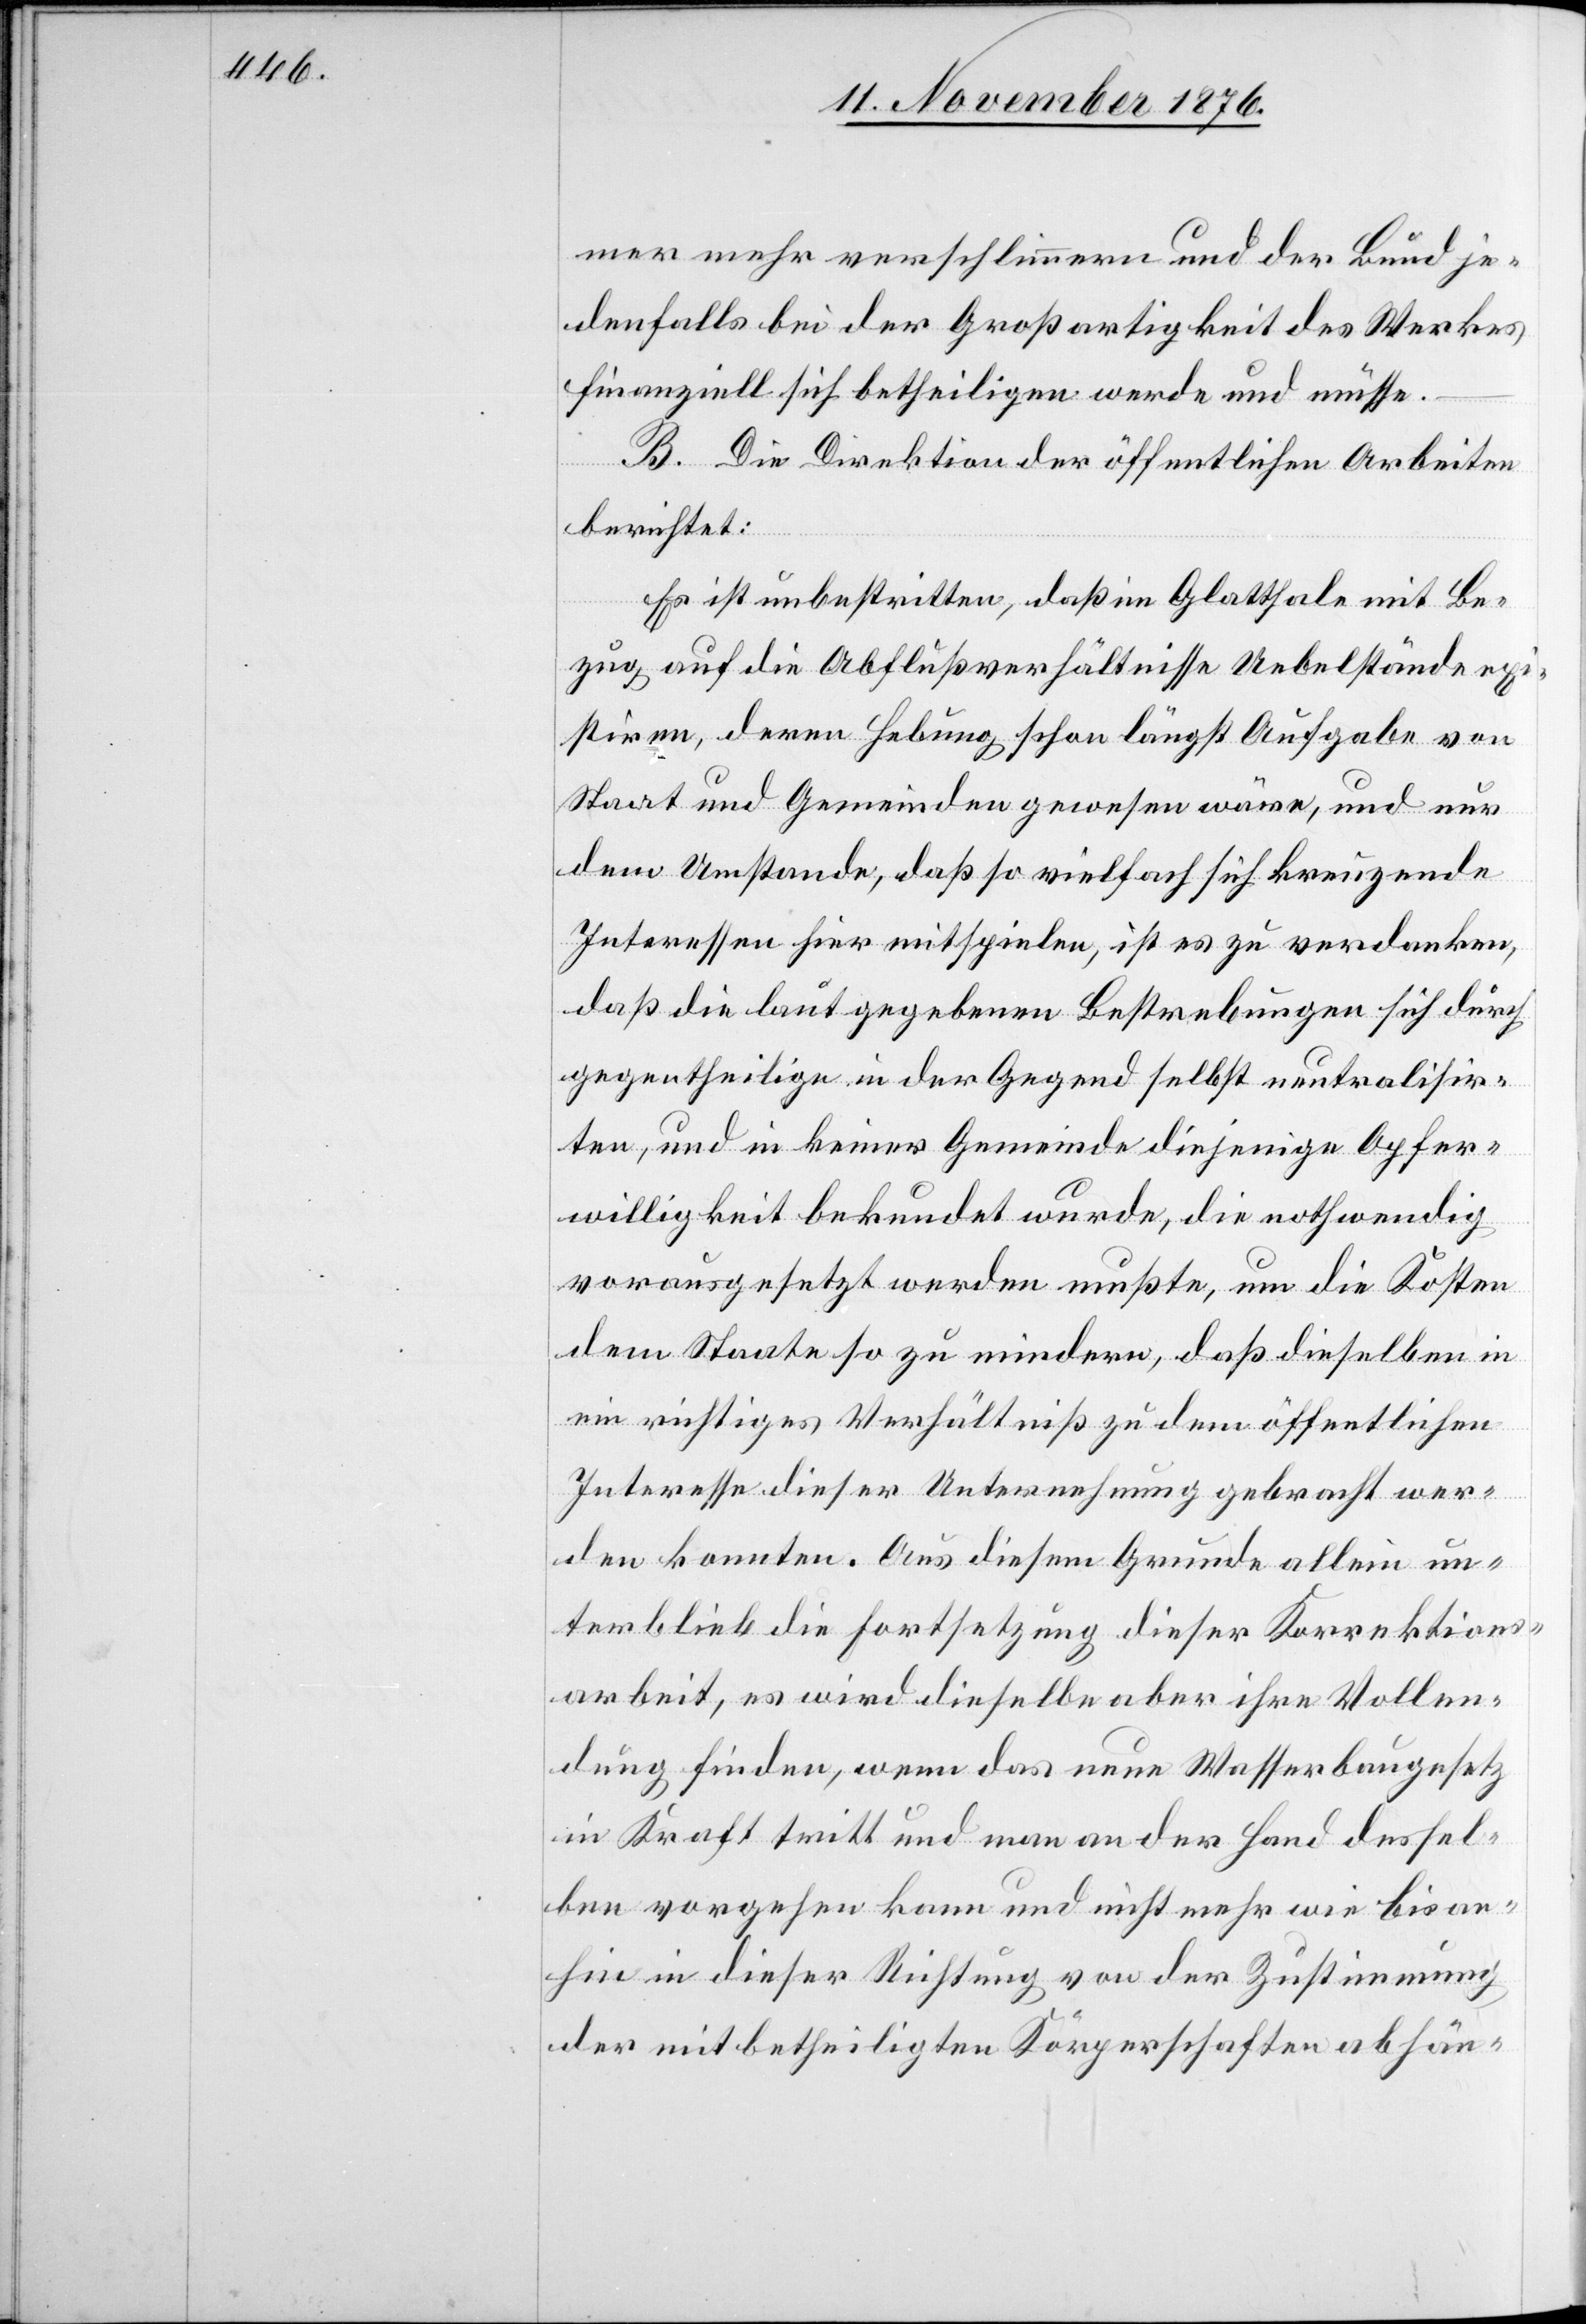
mer mehr verschlimmern und der Bund je¬
denfalls bei der Großartigkeit des Werkes
finanziell sich betheiligen werde und müsse.
B. Die Direktion der öffentlichen Arbeiten
berichtet:
Es ist unbestritten, daß im Glatthale mit Be¬
zug auf die Abflußverhältnisse Uebelstände exi¬
stiren, deren Hebung schon längst Aufgabe von
Staat und Gemeinden gewesen wäre, und nur
dem Umstande, daß so vielfach sich kreuzende
Interessen hier mitspielen, ist es zu verdanken,
daß die lautgegebenen Bestrebungen sich durch
gegentheilige in der Gegend selbst naturalisir¬
ten, und in keiner Gemeinde diejenige Opfer¬
willigkeit bekundet wurde, die nothwendig
vorausgesetzt werden mußte, um die Kosten
dem Staate so zu mindern, daß dieselben in
ein richtiges Verhältniß zu dem öffentlichen
Interesse dieser Unternehmung gebracht wer¬
den konnten. Aus diesem Grunde allein un¬
terblieb die Fortsetzung dieser Korrektions¬
arbeit, es wird dieselbe aber ihre Vollen¬
dung finden, wenn das neue Wasserbaugesetz
in Kraft tritt und man an der Hand dessel¬
ben vorgehen kann und nicht mehr wie bis an¬
hin in dieser Richtung von der Zustimmung
der mitbetheiligten Körperschaften abhän-